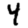
Digit: 4